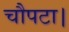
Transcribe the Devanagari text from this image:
चौपटा।